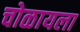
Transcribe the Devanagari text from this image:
चोळायला